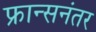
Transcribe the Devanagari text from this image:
फ्रान्सनंतर